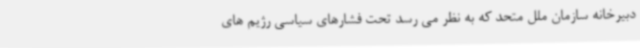
دبیرخانه سازمان ملل متحد که به نظر می رسد تحت فشارهای سیاسی رژیم های